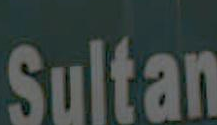
Sultan